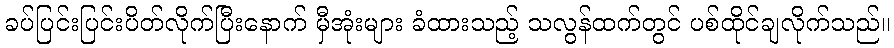
ခပ်ပြင်းပြင်းပိတ်လိုက်ပြီးနောက် မှီအုံးများ ခံထားသည့် သလွန်ထက်တွင် ပစ်ထိုင်ချလိုက်သည်။